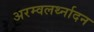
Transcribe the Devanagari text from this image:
अरम्वलर्थ्नादन